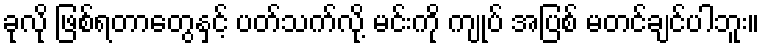
ခုလို ဖြစ်ရတာတွေနှင့် ပတ်သက်လို့ မင်းကို ကျုပ် အပြစ် မတင်ချင်ပါဘူး။